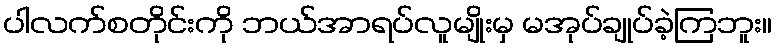
ပါလက်စတိုင်းကို ဘယ်အာရပ်လူမျိုးမှ မအုပ်ချုပ်ခဲ့ကြဘူး။